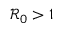
\mathcal { R } _ { 0 } > 1